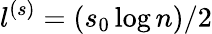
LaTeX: l^{(s)}=(s_{0}\log n)/2